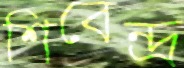
শিবেন্দ্র